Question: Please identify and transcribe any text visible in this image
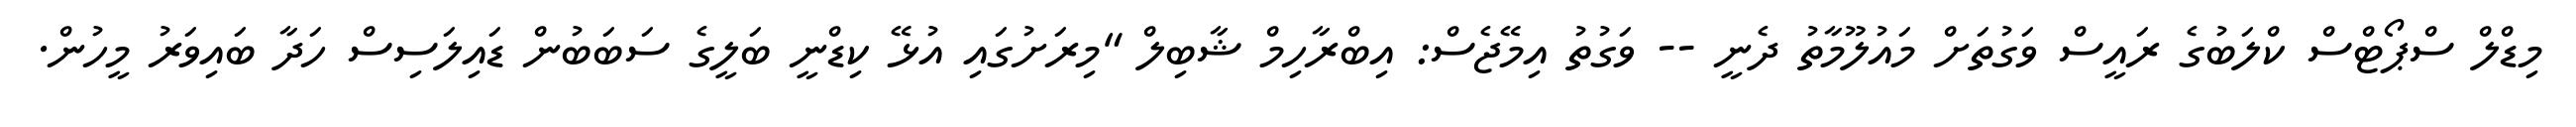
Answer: މިޑްލް ސްޕޯޓްސް ކްލަބުގެ ރައީސް ވަގުތަށް މައުލޫމާތު ދެނީ -- ވަގުތު އިމޭޖެސް: އިބްރާހިމް ޝާބިލް "މިރަށުގައި އުޅޭ ކިޑްނީ ބަލީގެ ސަބަބުން ޑައިލަސިސް ހަދާ ބައިވަރު މީހުން.